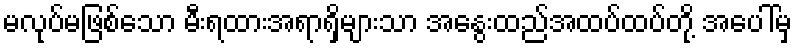
မလုပ်မဖြစ်သော မီးရထားအရာရှိများသာ အနွေးထည်အထပ်ထပ်တို့ အပေါ်မှ